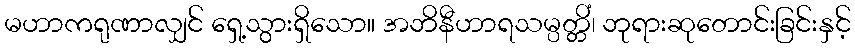
မဟာကရုဏာလျှင် ရှေ့သွားရှိသော။ အဘိနီဟာရသမ္ပတ္တိံ၊ ဘုရားဆုတောင်းခြင်းနှင့်